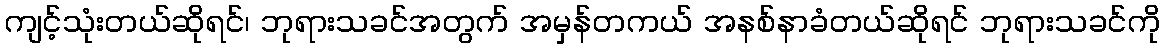
ကျင့်သုံးတယ်ဆိုရင်၊ ဘုရားသခင်အတွက် အမှန်တကယ် အနစ်နာခံတယ်ဆိုရင် ဘုရားသခင်ကို